Investigations into the jail dietaries of the United Provinces with some observations on the influence of dietary on the physical development and well-being of the people of the United Provinces - Number 48
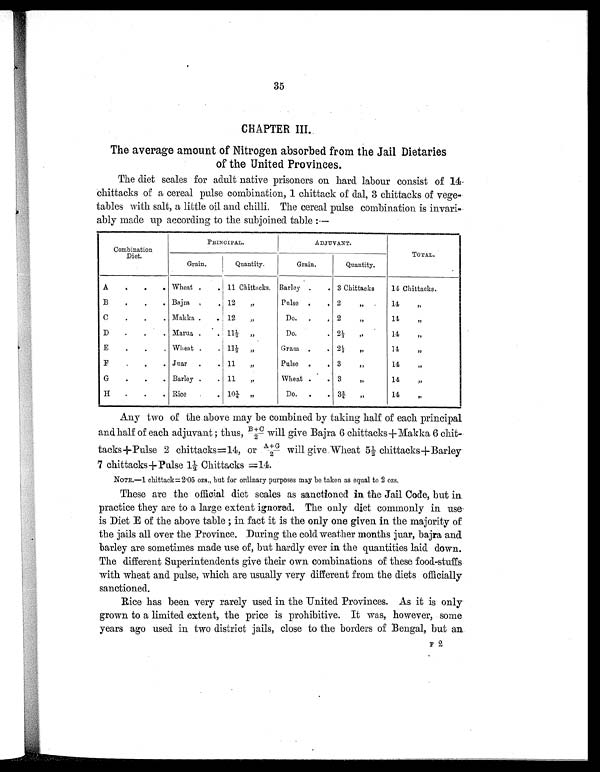
35
CHAPTER III.
The average amount of Nitrogen absorbed from the Jail Dietaries
of the United Provinces.
The diet scales for adult native prisoners on hard labour consist of 14
chittacks of a cereal pulse combination, 1 chittack of dal, 3 chittacks of vege-
tables with salt, a little oil and chilli. The cereal pulse combination is invari-
ably made up according to the subjoined table:—
Combination
Diet.
PRINCIPAL.
ADJUVANT.
TOTAL.
Grain.
Quantity.
Grain.
Quantity.
A
.
.
. Wheat .
. 11 Chittacks. Barley .
. 3 Chittacks
14 Chittacks.
B
.
.
. Bajra
.
. 12
„
Pulse .
. 2
„
14
„
C
.
.
. Makka .
. 12
„
Do.
.
. 2
„
14
„
D
.
.
. Marua .
. 11½ „
Do.
.
2 ½
„
14
„
E
.
.
. Wheat .
. 11½
„
Gram .
. 2½
„
14
„
F
. .
. Juar
.
. 11
„
Pulse .
. 3
„
14
„
G
.
.
. Barley .
. 11
„
Wheat .
. 3
„
14
„
H
.
.
. Rice
.
.
1 0 ¼
„
Do.
.
. 3¾
„
14
„
Any two of the above may be combined by taking half of each principal
and half of each adjuvant; thus, B+C/2 will give Bajra 6 chittacks+Makka 6 chit-
tacks+Pulse 2 chittacks=14, or A+G/2 will give Wheat 5½ chittacks+Barley
7 chittacks+Pulse 1½ Chittacks =14.
NOTE.—1 chittack= 2.05 ozs., but for ordinary purposes may be taken as equal to 2 ozs.
These are the official diet scales as sanctioned in the Jail Code, but in
practice they are to a large extent ignored. The only diet commonly in use
is Diet E of the above table; in fact it is the only one given in the majority of
the jails all over the Province. During the cold weather months juar, bajra and
barley are sometimes made use of, but hardly ever in the quantities laid down.
The different Superintendents give their own combinations of these food-stuffs
with wheat and pulse, which are usually very different from the diets officially
sanctioned.
Rice has been very rarely used in the United Provinces. As it is only
grown to a limited extent, the price is prohibitive. It was, however, some
years ago used in two district jails, close to the borders of Bengal, but an
F 2